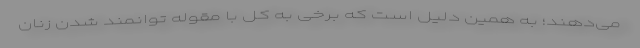
می‌دهند؛ به همین دلیل است که برخی به کل با مقوله توانمند شدن زنان